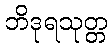
ဘိဒုရသုတ္တ